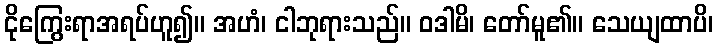
ငိုကြွေးရာအရပ်ဟူ၍။ အဟံ၊ ငါဘုရားသည်။ ဝဒါမိ၊ တော်မူ၏။ သေယျထာပိ၊